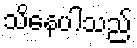
သိနေပါသည်